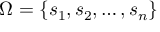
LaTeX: \Omega = \{ s _ { 1 } , s _ { 2 } , \ldots , s _ { n } \}